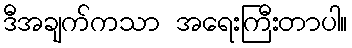
ဒီအချက်ကသာ အရေးကြီးတာပါ။